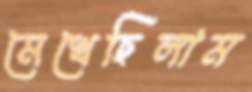
মেখেছিলাম